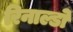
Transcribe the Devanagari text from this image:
रिनाल्डो